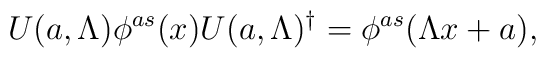
U(a, \Lambda)\phi^{as}(x)U(a, \Lambda)^{\dagger}=\phi^{as}(\Lambda x+a),